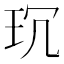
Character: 𤤌